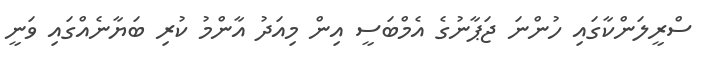
ސްރީލަންކާގައި ހުންނަ ޖަޕާނުގެ އެމްބަސީ އިން މިއަދު އާންމު ކުރި ބަޔާނެއްގައި ވަނީ